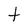
Character: t